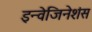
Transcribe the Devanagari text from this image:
इन्वेजिनेशंस